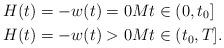
LaTeX: \begin{align*}H(t) = -w(t) = 0 & M t \in (0,t_0] \\H(t) = -w(t) > 0 & M t \in (t_0,T].\end{align*}